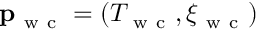
\mathbf { p } _ { \mathrm { ~ w ~ c ~ } } = ( T _ { \mathrm { ~ w ~ c ~ } } , \xi _ { \mathrm { ~ w ~ c ~ } } )